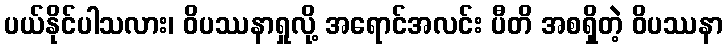
ပယ်နိုင်ပါသလား၊ ဝိပဿနာရှုလို့ အရောင်အလင်း ပီတိ အစရှိတဲ့ ဝိပဿနာ